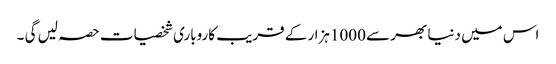
اس میں دنیا بھر سے 1000ہزار کے قریب کاروباری شخصیات حصہ لیں گی ۔